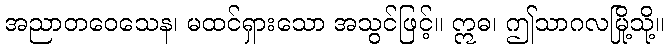
အညာတဝေသေန၊ မထင်ရှားသော အသွင်ဖြင့်။ ဣဓ၊ ဤသာဂလမြို့သို့။